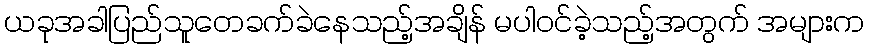
ယခုအခါပြည်သူတေခက်ခဲနေသည့်အချိန် မပါဝင်ခဲ့သည့်အတွက် အများက